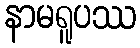
နာမရူပဿ